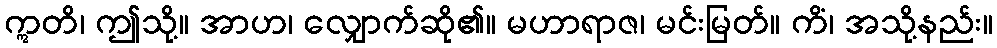
ဣတိ၊ ဤသို့။ အာဟ၊ လျှောက်ဆို၏။ မဟာရာဇ၊ မင်းမြတ်။ ကိံ၊ အသို့နည်း။